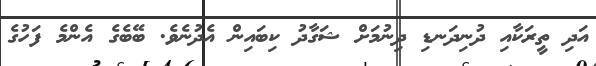
އަދި ތީރަކާއި ދުނިދަނޑި ދިނުމަށް ޝަގާދު ކިބައިން އެދުނެވެ. ބޭބެގެ އެންމެ ފަހުގެ